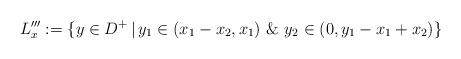
LaTeX: \begin{align*}L'''_x:=\{ y\in D^+ \,|\, y_1\in(x_1-x_2,x_1) \,\,\&\,\, y_2\in(0,y_1-x_1+x_2)\}\end{align*}